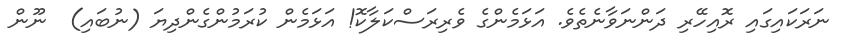
ނަރަކައިގައި ރޮއިހޭރި ދަންނަވާނެތެވެ. އަޅަމެންގެ ވެރިރަސްކަލާކޮ! އަޅަމެން ކުރަމުންގެންދިޔަ (ނުބައި)  ނޫން